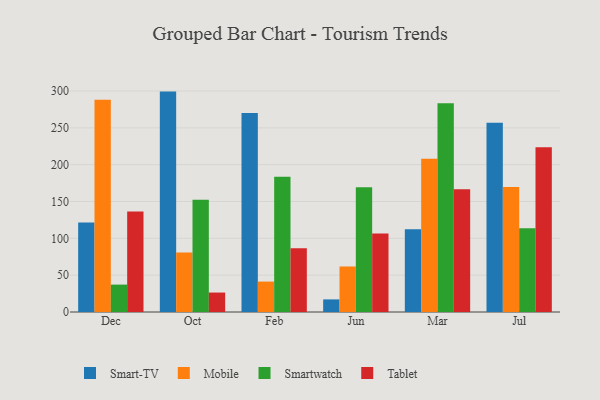
{"axis": {"x": "Month", "y": "Latency (ms)"}, "legend": ["Mobile", "Smart-TV", "Smartwatch", "Tablet"], "data": [{"x": "Dec", "y": 121.4, "type": "Smart-TV"}, {"x": "Dec", "y": 288.2, "type": "Mobile"}, {"x": "Dec", "y": 37.2, "type": "Smartwatch"}, {"x": "Dec", "y": 136.6, "type": "Tablet"}, {"x": "Oct", "y": 299.2, "type": "Smart-TV"}, {"x": "Oct", "y": 80.9, "type": "Mobile"}, {"x": "Oct", "y": 152.4, "type": "Smartwatch"}, {"x": "Oct", "y": 26.4, "type": "Tablet"}, {"x": "Feb", "y": 270.3, "type": "Smart-TV"}, {"x": "Feb", "y": 41.3, "type": "Mobile"}, {"x": "Feb", "y": 183.5, "type": "Smartwatch"}, {"x": "Feb", "y": 86.5, "type": "Tablet"}, {"x": "Jun", "y": 17.1, "type": "Smart-TV"}, {"x": "Jun", "y": 61.8, "type": "Mobile"}, {"x": "Jun", "y": 169.5, "type": "Smartwatch"}, {"x": "Jun", "y": 106.6, "type": "Tablet"}, {"x": "Mar", "y": 112.4, "type": "Smart-TV"}, {"x": "Mar", "y": 207.9, "type": "Mobile"}, {"x": "Mar", "y": 283.3, "type": "Smartwatch"}, {"x": "Mar", "y": 166.5, "type": "Tablet"}, {"x": "Jul", "y": 257.0, "type": "Smart-TV"}, {"x": "Jul", "y": 169.8, "type": "Mobile"}, {"x": "Jul", "y": 113.8, "type": "Smartwatch"}, {"x": "Jul", "y": 223.6, "type": "Tablet"}]}